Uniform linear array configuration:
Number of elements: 16
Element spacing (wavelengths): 1
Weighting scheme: uniform
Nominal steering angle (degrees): -45
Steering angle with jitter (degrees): -44.074
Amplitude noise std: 0.05
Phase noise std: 0.05

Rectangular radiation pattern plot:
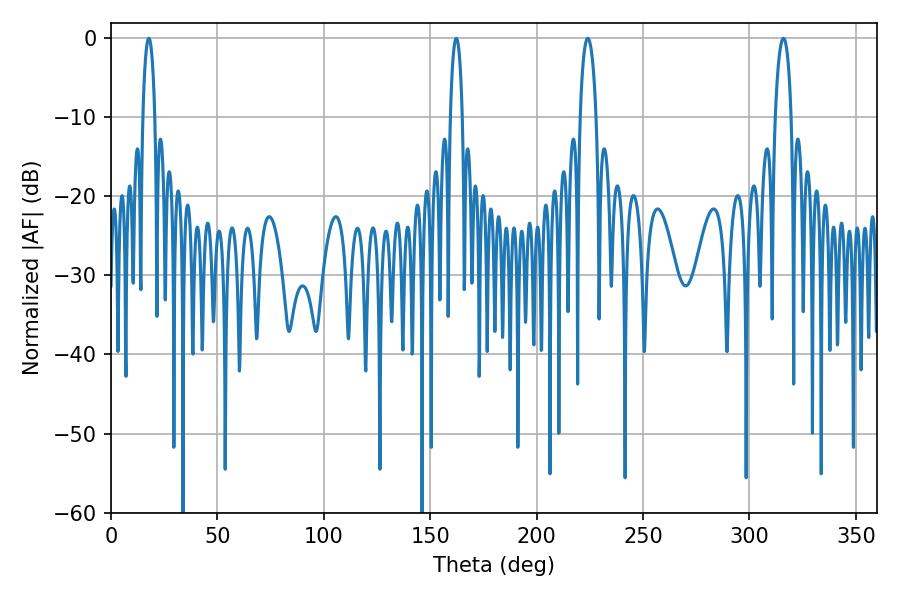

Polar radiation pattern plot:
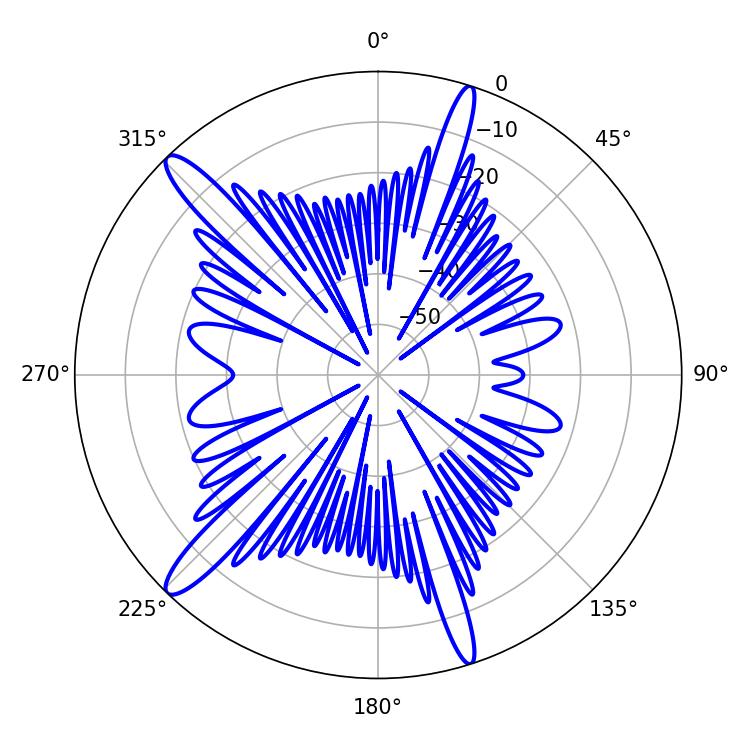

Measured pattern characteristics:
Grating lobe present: TRUE
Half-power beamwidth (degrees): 4.32
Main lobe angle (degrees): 224.1